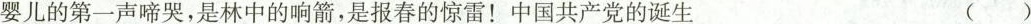
婴儿的第一声啼哭，是林中的响箭，是报春的惊雷！中国共产党的诞生()